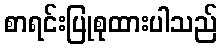
စာရင်းပြုစုထားပါသည်